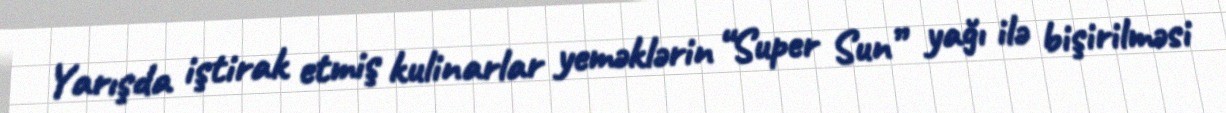
Yarışda iştirak etmiş kulinarlar yeməklərin “Super Sun” yağı ilə bişirilməsi